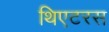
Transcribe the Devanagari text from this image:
थिएटरस